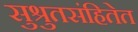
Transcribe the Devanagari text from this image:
सुश्रुतसंहितेत